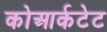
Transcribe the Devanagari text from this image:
कोआर्कटेट